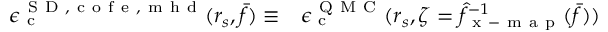
\begin{array} { r l } { \epsilon _ { \mathrm { ~ c ~ } } ^ { { \mathrm { ~ S ~ D ~ } } , \mathrm { ~ c ~ o ~ f ~ e ~ } , \mathrm { ~ m ~ h ~ d ~ } } ( r _ { s } , \bar { f } ) \equiv } & { { } \epsilon _ { \mathrm { ~ c ~ } } ^ { \mathrm { ~ Q ~ M ~ C ~ } } ( r _ { s } , \zeta = \hat { f } _ { \mathrm { ~ x ~ - ~ m ~ a ~ p ~ } } ^ { - 1 } ( \bar { f } ) ) } \end{array}